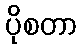
ပိုစတာ